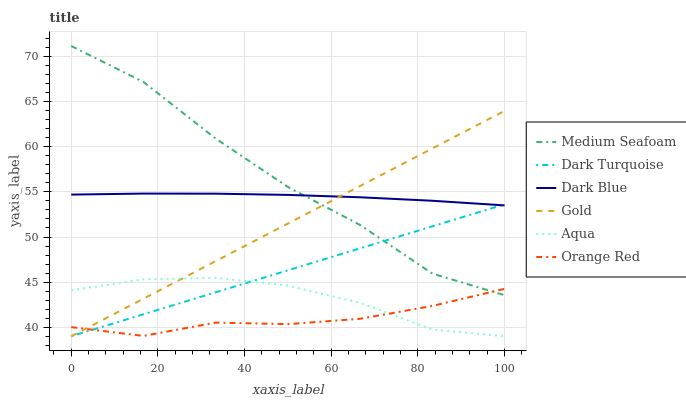
| xaxis_label | Medium Seafoam | Dark Turquoise | Dark Blue | Gold | Aqua | Orange Red |
 | --- | --- | --- | --- | --- | --- | --- |
 | 0 | 71.2 | 39 | 54.7 | 39 | 44.1 | 40 |
 | 16.7 | 67.2 | 41.4 | 54.8 | 43.2 | 45.3 | 39 |
 | 33.3 | 60.9 | 43.9 | 54.8 | 47.3 | 45.5 | 40.5 |
 | 50 | 55.5 | 46.3 | 54.7 | 51.5 | 44.6 | 40.3 |
 | 66.7 | 51.3 | 48.7 | 54.4 | 55.7 | 42.7 | 40.9 |
 | 83.3 | 45.9 | 51.2 | 54 | 59.8 | 39.7 | 42.4 |
 | 100 | 43.5 | 53.6 | 53.5 | 64 | 39 | 44.3 |